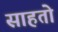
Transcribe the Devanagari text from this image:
साहतो